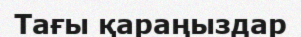
Тағы қараңыздар